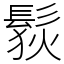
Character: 䯼